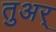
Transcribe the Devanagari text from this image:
तुअर्